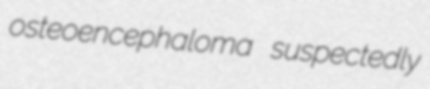
osteoencephaloma suspectedly